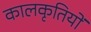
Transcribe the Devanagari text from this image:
कालकृतियों